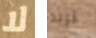
لا تريد